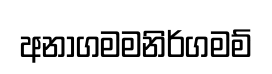
අනාගමමනිර්ගමම්